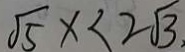
\sqrt { 5 } \times < 2 \sqrt { 3 } ,